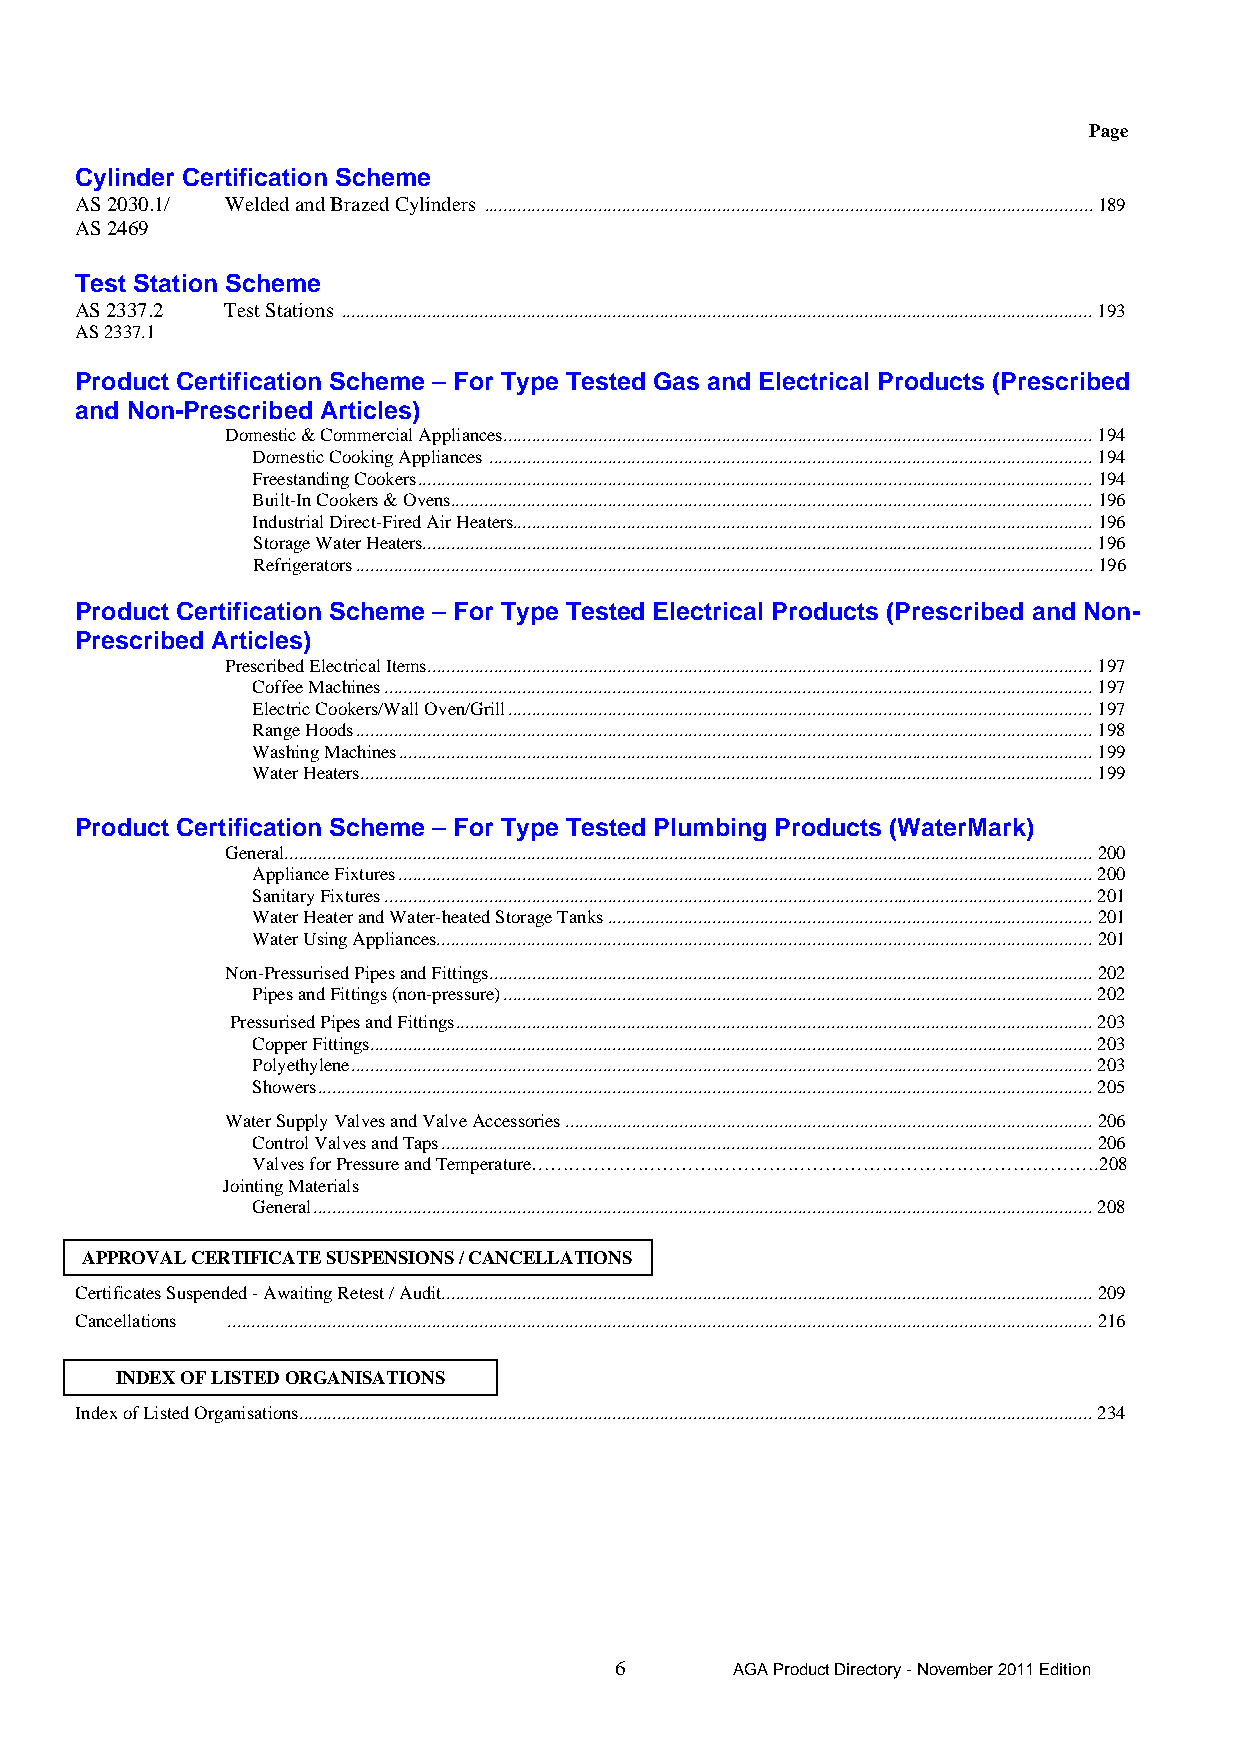
Page
 Cylinder Certification Scheme
 AS 2030.1/ Welded and Brazed Cylinders ................................................................................................................................189
 AS 2469
 Test Station Scheme
 AS 2337.2 Test Stations ..............................................................................................................................................................193
 AS 2337.1
 Product Certification Scheme – For Type Tested Gas and Electrical Products (Prescribed
 and Non-Prescribed Articles)
 Domestic & Commercial Appliances............................................................................................................................194
 Domestic Cooking Appliances ...............................................................................................................................194
 Freestanding Cookers..............................................................................................................................................194
 Built-In Cookers & Ovens.......................................................................................................................................196
 Industrial Direct-Fired Air Heaters..........................................................................................................................196
 Storage Water Heaters.............................................................................................................................................196
 Refrigerators...........................................................................................................................................................196
 Product Certification Scheme – For Type Tested Electrical Products (Prescribed and Non-
 Prescribed Articles)
 Prescribed Electrical Items............................................................................................................................................197
 Coffee Machines.....................................................................................................................................................197
 Electric Cookers/Wall Oven/Grill...........................................................................................................................197
 Range Hoods...........................................................................................................................................................198
 Washing Machines..................................................................................................................................................199
 Water Heaters..........................................................................................................................................................199
 Product Certification Scheme – For Type Tested Plumbing Products (WaterMark)
 General..........................................................................................................................................................................200
 Appliance Fixtures..................................................................................................................................................200
 Sanitary Fixtures.....................................................................................................................................................201
 Water Heater and Water-heated Storage Tanks ......................................................................................................201
 Water Using Appliances..........................................................................................................................................201
 Non-Pressurised Pipes and Fittings...............................................................................................................................202
 Pipes and Fittings (non-pressure)............................................................................................................................202
 Pressurised Pipes and Fittings......................................................................................................................................203
 Copper Fittings........................................................................................................................................................203
 Polyethylene............................................................................................................................................................203
 Showers...................................................................................................................................................................205
 Water Supply Valves and Valve Accessories...............................................................................................................206
 Control Valves and Taps.........................................................................................................................................206
 Valves for Pressure and Temperature……………………………………………………………………………….208
 Jointing Materials
 General....................................................................................................................................................................208
 APPROVAL CERTIFICATE SUSPENSIONS / CANCELLATIONS
 Certificates Suspended - Awaiting Retest / Audit.........................................................................................................................................209
 Cancellations ......................................................................................................................................................................................216
 INDEX OF LISTED ORGANISATIONS
 Index of Listed Organisations.......................................................................................................................................................................234
 6      AGA Product Directory - November 2011 Edition